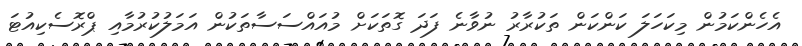
އެހެންކަމުން މިކަހަލަ ކަންކަން ތަކުރާރު ނުވާނެ ފަދަ ގޮތަކަށް މުއައްސަސާތަކުން އަމަލުކުރުމާއި ޕްރޮސެކިއުޓަ